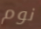
نوم